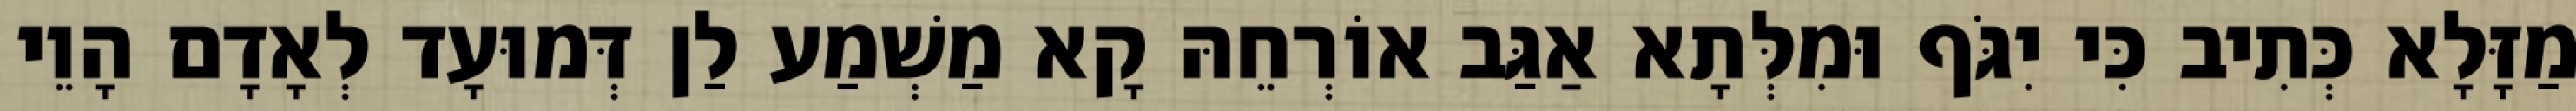
מַזָּלָא כְּתִיב כִּי יִגֹּף וּמִלְּתָא אַגַּב אוֹרְחֵהּ קָא מַשְׁמַע לַן דְּמוּעָד לְאָדָם הָוֵי